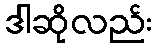
ဒါဆိုလည်း